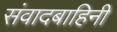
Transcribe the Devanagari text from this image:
संवादबाहिनी